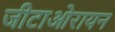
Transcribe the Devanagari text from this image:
जीटाओरायन